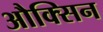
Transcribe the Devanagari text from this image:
औक्सिन